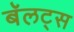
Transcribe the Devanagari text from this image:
बॅलट्स